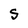
Character: S